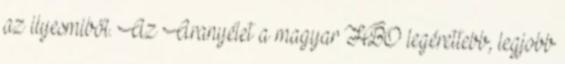
az ilyesmiből. Az Aranyélet a magyar HBO legérettebb, legjobb